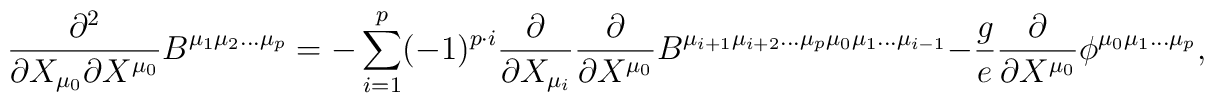
\frac{\partial^2}{\partial X_{\mu_0}\partial X^{\mu_0}}	B^{\mu_{1}\mu_{2}\ldots\mu_{p}}	=	- \sum_{i=1}^{p}(-1)^{p\cdot i}	\frac{\partial}{\partial X_{\mu_{i}}}	\frac{\partial}{\partial X^{\mu_0}}	B^{\mu_{i+1}\mu_{i+2}\ldots\mu_{p}\mu_{0}\mu_{1}\ldots\mu_{i-1}}        - \frac{g}{e}\frac{\partial}{\partial X^{\mu_0}}	\phi^{\mu_{0}\mu_{1}\ldots\mu_{p}},